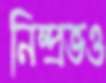
নিষ্প্রভও